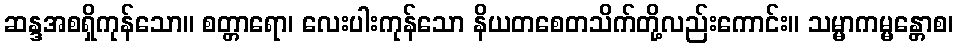
ဆန္ဒအစရှိကုန်သော။ စတ္တာရော၊ လေးပါးကုန်သော နိယတစေတသိက်တို့လည်းကောင်း။ သမ္မာကမ္မန္တောစ၊